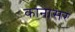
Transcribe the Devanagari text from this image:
कानासर